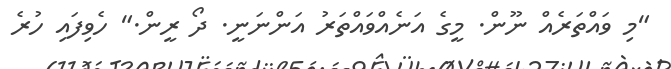
"މި ވައްތަރެއް ނޫން. މީގެ އަނެއްވައްތަރު އަންނަނީ. ދޯ ރީން." ހެވިފައި ހުރެ